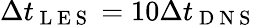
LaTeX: \Delta t_{\mathrm{~L~E~S~}}=10\Delta t_{\mathrm{~D~N~S~}}